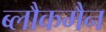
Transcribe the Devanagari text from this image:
ब्लौकमैन